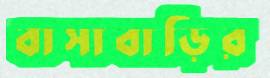
বাসাবাড়ির